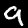
Label: 9